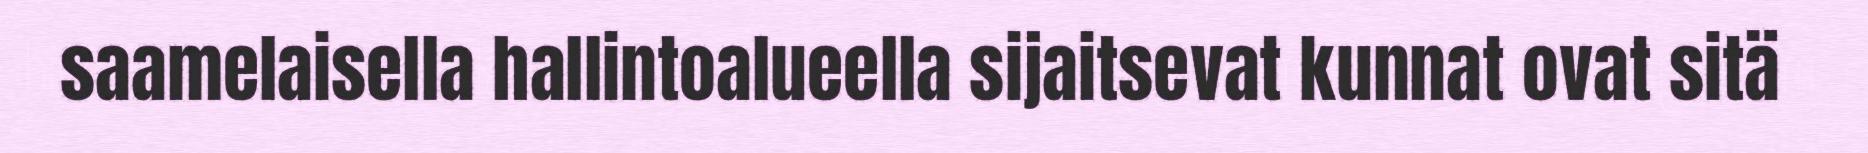
saamelaisella hallintoalueella sijaitsevat kunnat ovat sitä